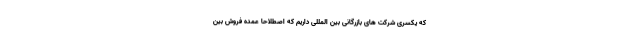
که یکسری شرکت های بازرگانی بین المللی داریم که اصطلاحا عمده فروش بین